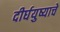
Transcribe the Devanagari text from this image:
दीर्घयुष्याचे